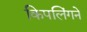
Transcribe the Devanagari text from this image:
किपलिंगने